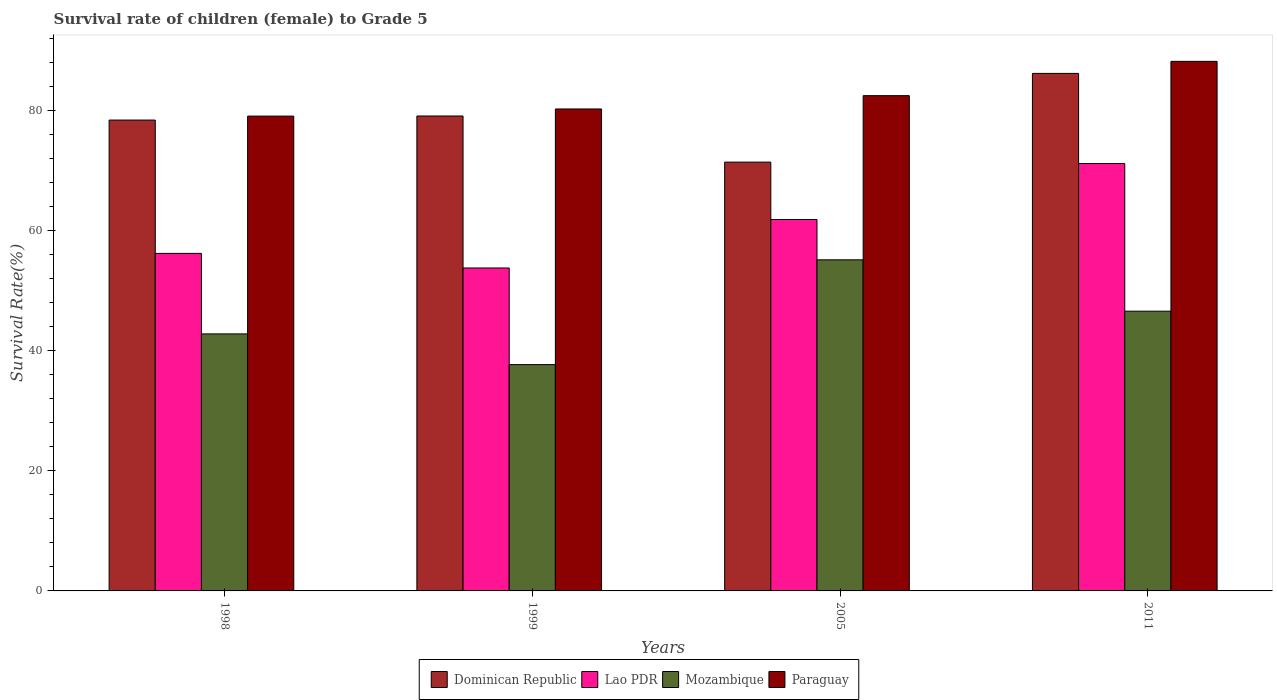
| Years | Dominican Republic | Lao PDR | Mozambique | Paraguay |
 | --- | --- | --- | --- | --- |
 | 1998 | 78.4 | 56.2 | 42.8 | 79 |
 | 1999 | 79.1 | 53.8 | 37.7 | 80.2 |
 | 2005 | 71.4 | 61.8 | 55.1 | 82.4 |
 | 2011 | 86.2 | 71.1 | 46.6 | 88.2 |